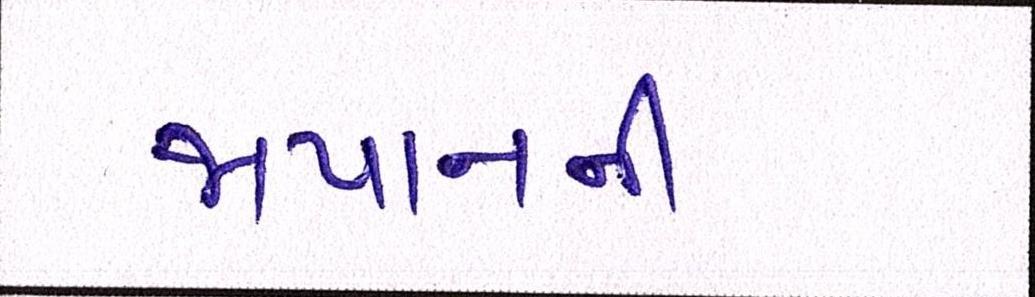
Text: જાપાનની